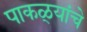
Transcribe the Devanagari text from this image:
पाकळ्यांचे